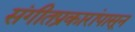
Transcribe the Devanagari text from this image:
संगीतप्रकारांपासून